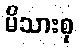
မိသားစု